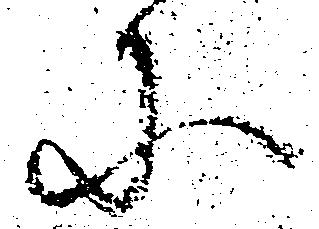
に